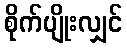
စိုက်ပျိုးလျှင်